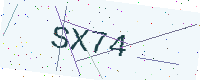
Text: SX74